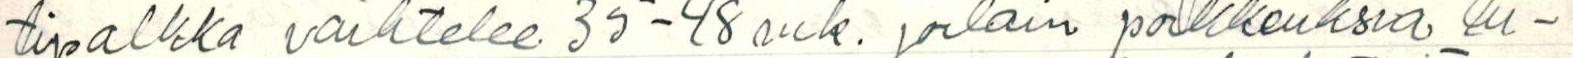
tipalkka vaihtelee 35-48 mk. joitain poikkeuksia lu-